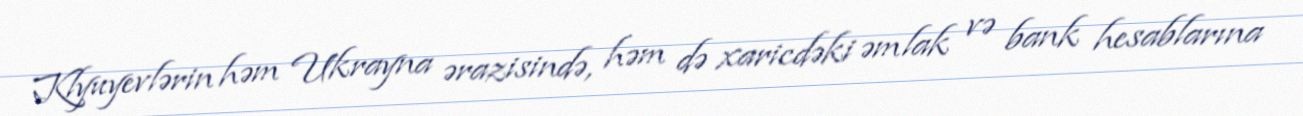
Klyuyevlərin həm Ukrayna ərazisində, həm də xaricdəki əmlak və bank hesablarına